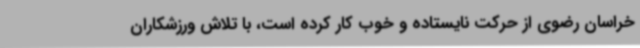
خراسان رضوی از حرکت نایستاده و خوب کار کرده است، با تلاش ورزشکاران